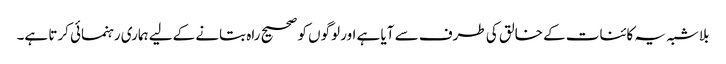
بلاشبہ یہ کائنات کے خالق کی طرف سے آیا ہے اور لوگوں کو صحیح راہ بتانے کےلیے ہماری رہنمائی کرتا ہے۔